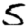
Digit: 5